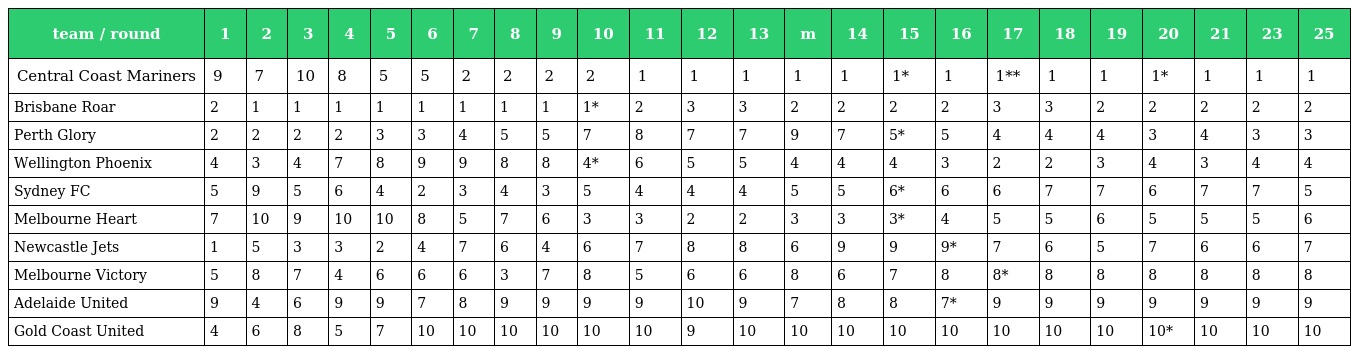
| team / round | 1 | 2 | 3 | 4 | 5 | 6 | 7 | 8 | 9 | 10 | 11 | 12 | 13 | m | 14 | 15 | 16 | 17 | 18 | 19 | 20 | 21 | 23 | 25 |
 | --- | --- | --- | --- | --- | --- | --- | --- | --- | --- | --- | --- | --- | --- | --- | --- | --- | --- | --- | --- | --- | --- | --- | --- | --- |
 | Central Coast Mariners | 9 | 7 | 10 | 8 | 5 | 5 | 2 | 2 | 2 | 2 | 1 | 1 | 1 | 1 | 1 | 1* | 1 | 1** | 1 | 1 | 1* | 1 | 1 | 1 |
 | Brisbane Roar | 2 | 1 | 1 | 1 | 1 | 1 | 1 | 1 | 1 | 1* | 2 | 3 | 3 | 2 | 2 | 2 | 2 | 3 | 3 | 2 | 2 | 2 | 2 | 2 |
 | Perth Glory | 2 | 2 | 2 | 2 | 3 | 3 | 4 | 5 | 5 | 7 | 8 | 7 | 7 | 9 | 7 | 5* | 5 | 4 | 4 | 4 | 3 | 4 | 3 | 3 |
 | Wellington Phoenix | 4 | 3 | 4 | 7 | 8 | 9 | 9 | 8 | 8 | 4* | 6 | 5 | 5 | 4 | 4 | 4 | 3 | 2 | 2 | 3 | 4 | 3 | 4 | 4 |
 | Sydney FC | 5 | 9 | 5 | 6 | 4 | 2 | 3 | 4 | 3 | 5 | 4 | 4 | 4 | 5 | 5 | 6* | 6 | 6 | 7 | 7 | 6 | 7 | 7 | 5 |
 | Melbourne Heart | 7 | 10 | 9 | 10 | 10 | 8 | 5 | 7 | 6 | 3 | 3 | 2 | 2 | 3 | 3 | 3* | 4 | 5 | 5 | 6 | 5 | 5 | 5 | 6 |
 | Newcastle Jets | 1 | 5 | 3 | 3 | 2 | 4 | 7 | 6 | 4 | 6 | 7 | 8 | 8 | 6 | 9 | 9 | 9* | 7 | 6 | 5 | 7 | 6 | 6 | 7 |
 | Melbourne Victory | 5 | 8 | 7 | 4 | 6 | 6 | 6 | 3 | 7 | 8 | 5 | 6 | 6 | 8 | 6 | 7 | 8 | 8* | 8 | 8 | 8 | 8 | 8 | 8 |
 | Adelaide United | 9 | 4 | 6 | 9 | 9 | 7 | 8 | 9 | 9 | 9 | 9 | 10 | 9 | 7 | 8 | 8 | 7* | 9 | 9 | 9 | 9 | 9 | 9 | 9 |
 | Gold Coast United | 4 | 6 | 8 | 5 | 7 | 10 | 10 | 10 | 10 | 10 | 10 | 9 | 10 | 10 | 10 | 10 | 10 | 10 | 10 | 10 | 10* | 10 | 10 | 10 |